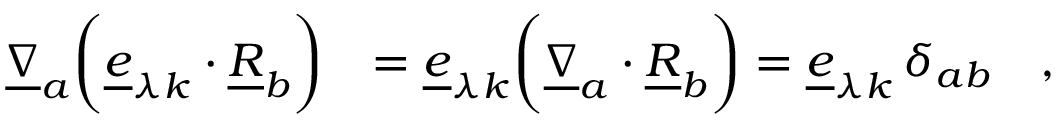
\begin{array} { r l } { \underline { { \nabla } } _ { a } \biggl ( \underline { { e } } _ { \lambda k } \cdot \underline { { R } } _ { b } \biggr ) } & { = \underline { { e } } _ { \lambda k } \biggl ( \underline { { \nabla } } _ { a } \cdot \underline { { R } } _ { b } \biggr ) = \underline { { e } } _ { \lambda k } \, \delta _ { a b } \quad , } \end{array}